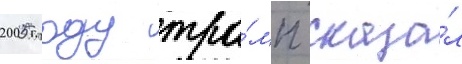
2005 году тра́мп сказа́л